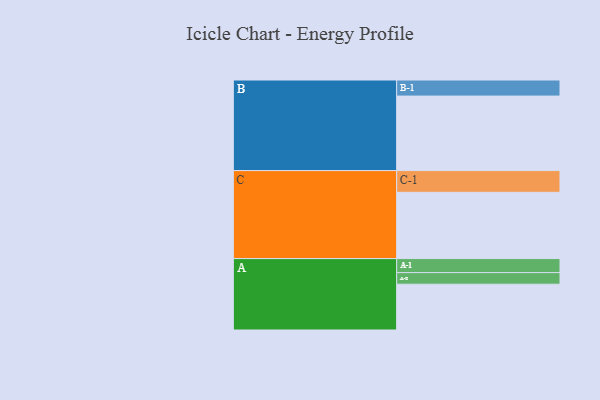
{"axis": {"x": "Segment", "y": "Value"}, "legend": ["", "A", "B", "C"], "data": [{"x": "A", "y": 356, "type": ""}, {"x": "B", "y": 579, "type": ""}, {"x": "C", "y": 515, "type": ""}, {"x": "A-1", "y": 109, "type": "A"}, {"x": "A-2", "y": 90, "type": "A"}, {"x": "B-1", "y": 125, "type": "B"}, {"x": "C-1", "y": 169, "type": "C"}]}